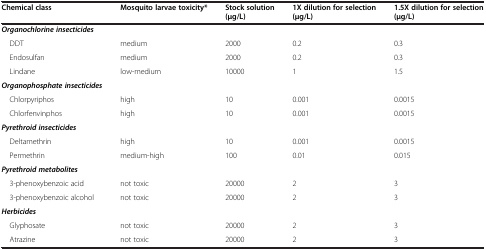
| Chemical class | Mosquito larvae toxicity* | Stock solution (μg/L) | 1X dilution for selection (μg/L) | 1.5X dilution for selection (μg/L) |
 | --- | --- | --- | --- | --- |
 | Organochlorine insecticides |  |  |  |  |
 | DDT | medium | 2000 | 0.2 | 0.3 |
 | Endosulfan | medium | 2000 | 0.2 | 0.3 |
 | Lindane | low-medium | 10000 | 1 | 1.5 |
 | Organophosphate insecticides |  |  |  |  |
 | Chlorpyriphos | high | 10 | 0.001 | 0.0015 |
 | Chlorfenvinphos | high | 10 | 0.001 | 0.0015 |
 | Pyrethroid insecticides |  |  |  |  |
 | Deltamethrin | high | 10 | 0.001 | 0.0015 |
 | Permethrin | medium-high | 100 | 0.01 | 0.015 |
 | Pyrethroid metabolites |  |  |  |  |
 | 3-phenoxybenzoic acid | not toxic | 20000 | 2 | 3 |
 | 3-phenoxybenzoic alcohol | not toxic | 20000 | 2 | 3 |
 | Herbicides |  |  |  |  |
 | Glyphosate | not toxic | 20000 | 2 | 3 |
 | Atrazine | not toxic | 20000 | 2 | 3 |